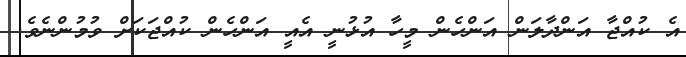
އެ ކުއްޖާ އަންދާލަން އަންހެން މީހާ އުޅުނީ އެއީ އަންހެން ކުއްޖަކަށް ވުމުންނެވެ.